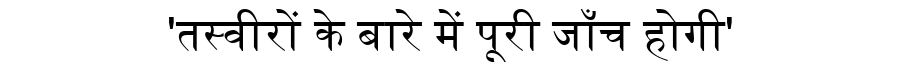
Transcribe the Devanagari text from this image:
'तस्वीरों के बारे में पूरी जाँच होगी'